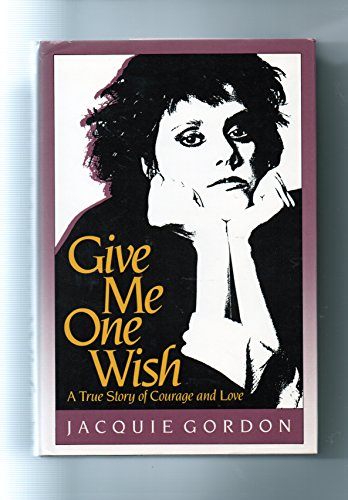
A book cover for Give Me One Wish: A True Story of Courage and Love; Jacquie Gordon; Health, Fitness & Dieting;